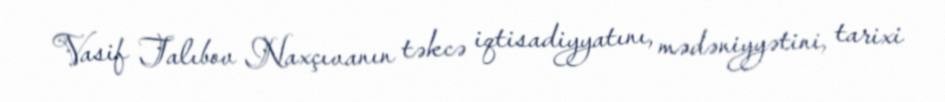
Vasif Talıbov Naxçıvanın təkcə iqtisadiyyatını, mədəniyyətini, tarixi